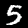
Label: 5